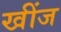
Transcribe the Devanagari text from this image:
खींज